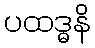
ပထဒ္ဓနိ